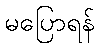
မပြောရန်